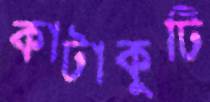
কাটাকুটি